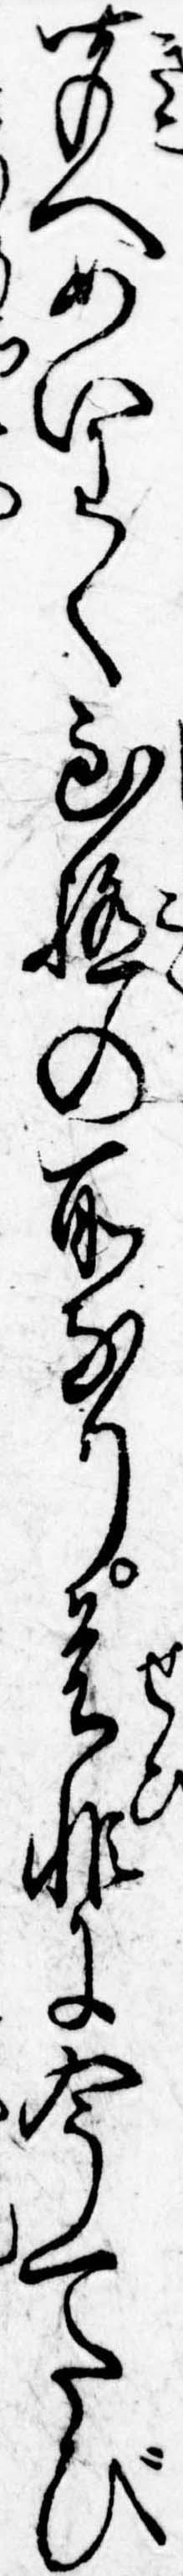
聞へめいわく至極の所なり是非に今一たび